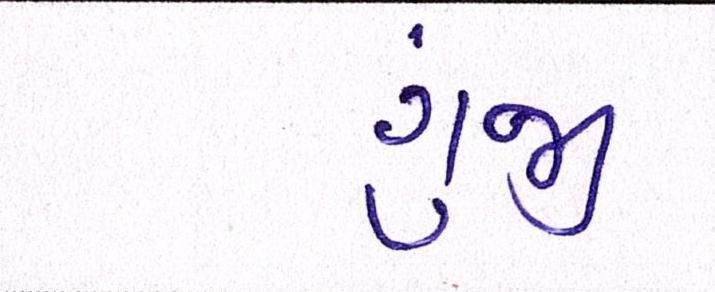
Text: ગુંજી